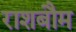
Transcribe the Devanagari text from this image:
राशबौम